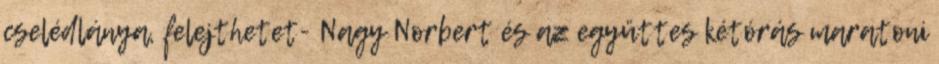
cselédlánya, felejthetet- Nagy Norbert és az együttes kétórás maratoni